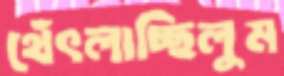
থেঁৎলাচ্ছিলুম